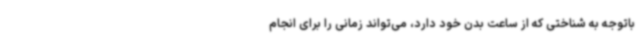
باتوجه به شناختی که از ساعت بدن خود دارد، می‌تواند زمانی را برای انجام